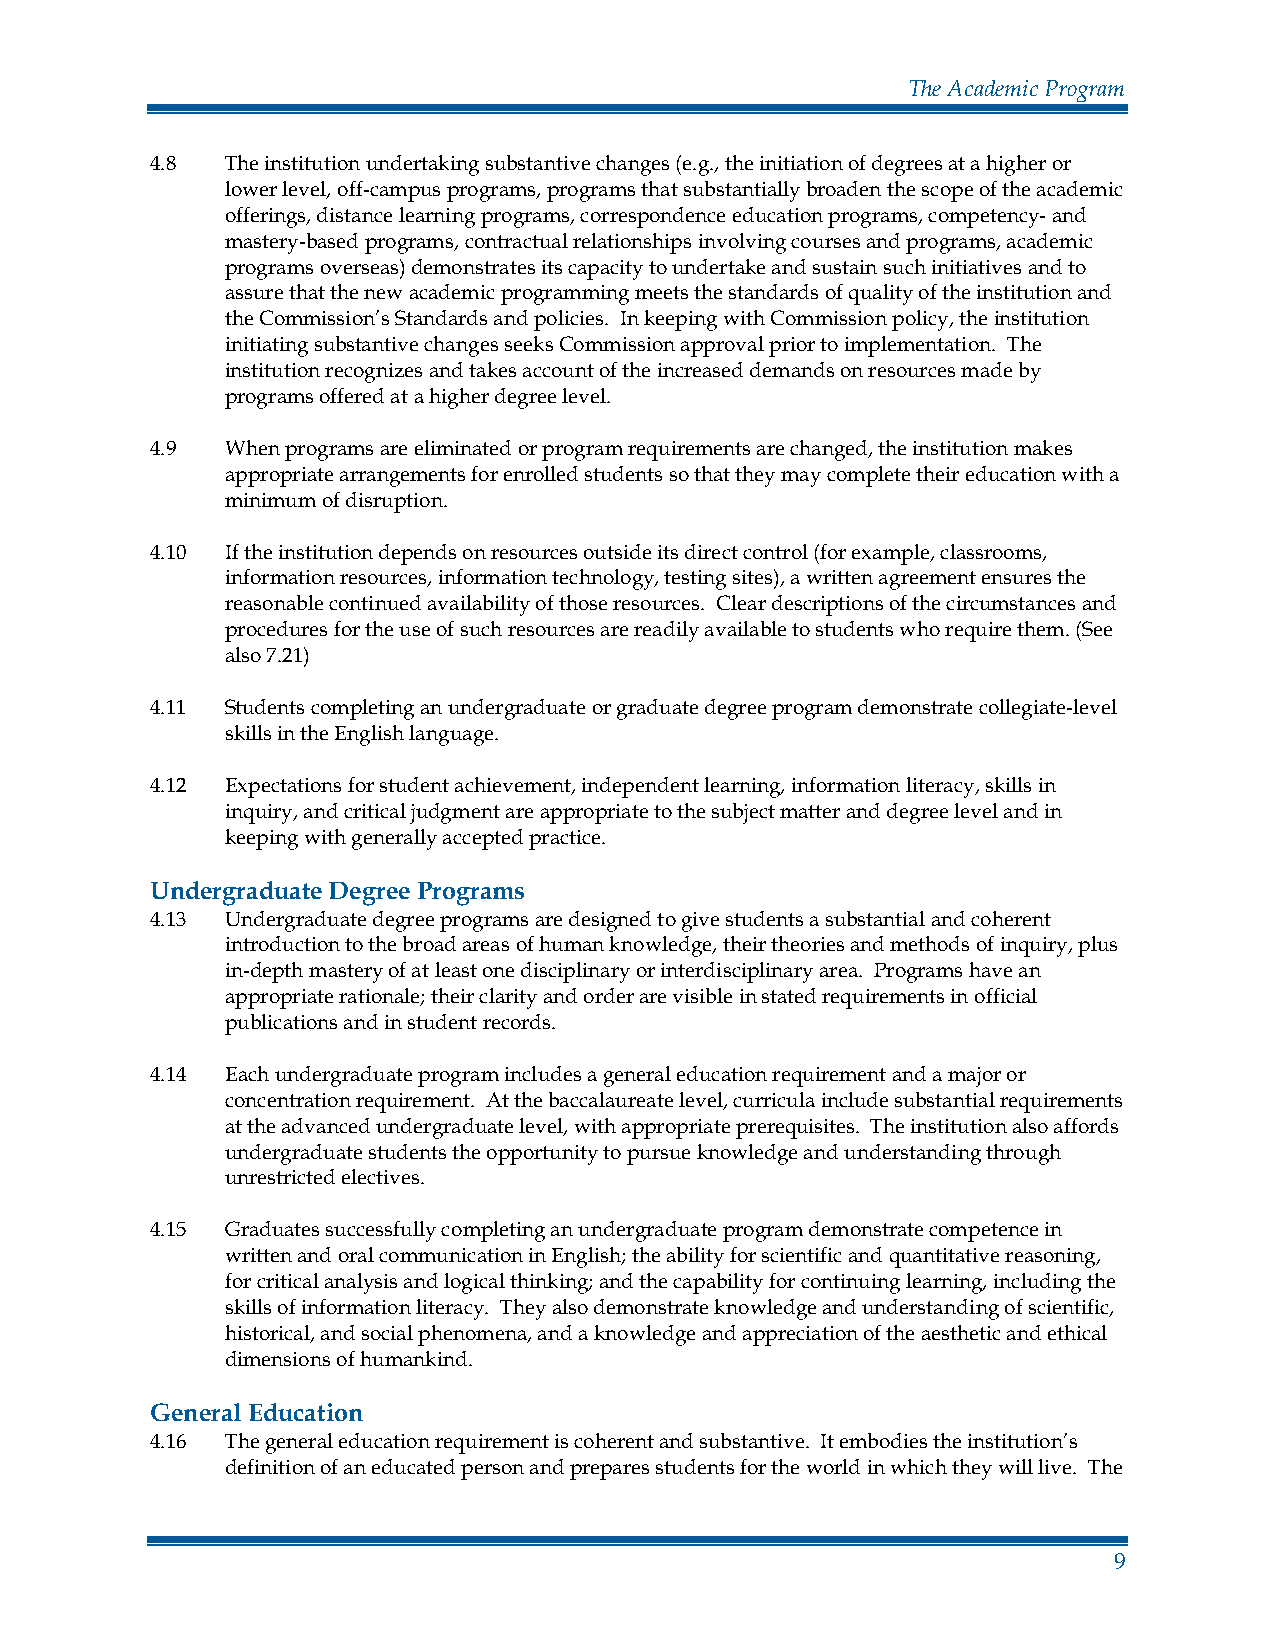
The Academic Program
 4.8  The institution undertaking substantive changes (e.g., the initiation of degrees at a higher or
 lower level, off-campus programs, programs that substantially broaden the scope of the academic
 offerings, distance learning programs, correspondence education programs, competency- and
 mastery-based programs, contractual relationships involving courses and programs, academic
 programs overseas) demonstrates its capacity to undertake and sustain such initiatives and to
 assure that the new academic programming meets the standards of quality of the institution and
 the Commission’s Standards and policies. In keeping with Commission policy, the institution
 initiating substantive changes seeks Commission approval prior to implementation. The
 institution recognizes and takes account of the increased demands on resources made by
 programs offered at a higher degree level.
 4.9  When programs are eliminated or program requirements are changed, the institution makes
 appropriate arrangements for enrolled students so that they may complete their education with a
 minimum of disruption.
 4.10 If the institution depends on resources outside its direct control (for example, classrooms,
 information resources, information technology, testing sites), a written agreement ensures the
 reasonable continued availability of those resources. Clear descriptions of the circumstances and
 procedures for the use of such resources are readily available to students who require them. (See
 also 7.21)
 4.11 Students completing an undergraduate or graduate degree program demonstrate collegiate-level
 skills in the English language.
 4.12 Expectations for student achievement, independent learning, information literacy, skills in
 inquiry, and critical judgment are appropriate to the subject matter and degree level and in
 keeping with generally accepted practice.
 Undergraduate Degree Programs
 4.13 Undergraduate degree programs are designed to give students a substantial and coherent
 introduction to the broad areas of human knowledge, their theories and methods of inquiry, plus
 in-depth mastery of at least one disciplinary or interdisciplinary area. Programs have an
 appropriate rationale; their clarity and order are visible in stated requirements in official
 publications and in student records.
 4.14 Each undergraduate program includes a general education requirement and a major or
 concentration requirement. At the baccalaureate level, curricula include substantial requirements
 at the advanced undergraduate level, with appropriate prerequisites. The institution also affords
 undergraduate students the opportunity to pursue knowledge and understanding through
 unrestricted electives.
 4.15 Graduates successfully completing an undergraduate program demonstrate competence in
 written and oral communication in English; the ability for scientific and quantitative reasoning,
 for critical analysis and logical thinking; and the capability for continuing learning, including the
 skills of information literacy. They also demonstrate knowledge and understanding of scientific,
 historical, and social phenomena, and a knowledge and appreciation of the aesthetic and ethical
 dimensions of humankind.
 General Education
 4.16 The general education requirement is coherent and substantive. It embodies the institution’s
 definition of an educated person and prepares students for the world in which they will live. The
 9